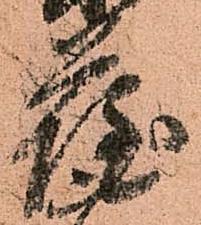
薩